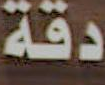
دقة